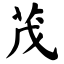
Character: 茂